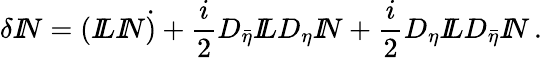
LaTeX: \delta{I\! \! N}=({I\! \! L}{I\! \! N}\dot{)}+\frac{i}{2}D_{\bar{\eta}}{I\! \! L}D_{\eta}{I\! \! N}+\frac{i}{2}D_{\eta}{I\! \! L}D_{\bar{\eta}}{I\! \! N}\, .